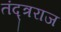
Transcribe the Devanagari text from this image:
तंद्त्रराज